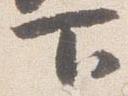
下